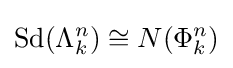
\operatorname {Sd} (\Lambda _{k}^{n})\cong N(\Phi _{k}^{n})